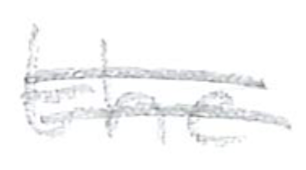
Text: the
Cross-out: double-line
Writing tool: pencil